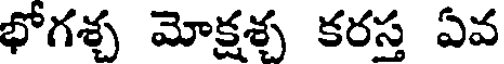
భోగశ్చ మోక్షశ్చ కరస్త ఏవ